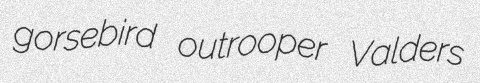
gorsebird outrooper Valders